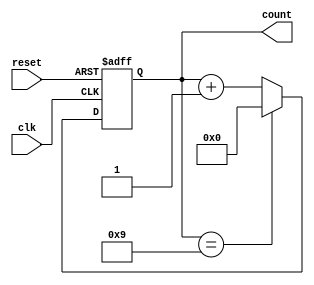
module BCD_Asynchronous_Counter (
    input wire clk,         // Clock input
    input wire reset,       // Asynchronous reset
    output reg [3:0] count  // BCD output (D3, D2, D1, D0)
);

// Asynchronous reset and counting logic
always @(posedge clk or posedge reset) begin
    if (reset) begin
        count <= 4'b0000; // Reset count to 0
    end else begin
        if (count == 4'b1001) begin
            count <= 4'b0000; // Reset to 0 when count reaches 10
        end else begin
            count <= count + 1; // Increment count
        end
    end
end

endmodule